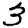
Digit: 3